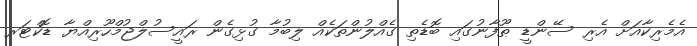
އެމެރިކާއަށް އެރި ސޭންޑީ ޠޫފާނުގައި ބޮޑެތި ގެއްލުންތަކެއް ލިބުމާ ގުޅިގެން ރައީސުލްޖުމްހޫރިއްޔާ ޑޮކްޓަރ